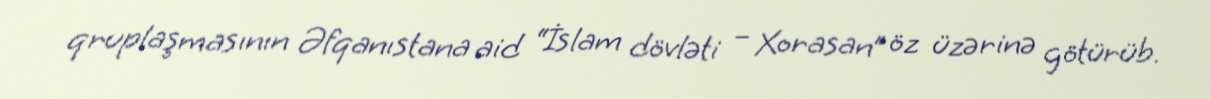
qruplaşmasının Əfqanıstana aid “İslam dövləti – Xorasan” öz üzərinə götürüb.